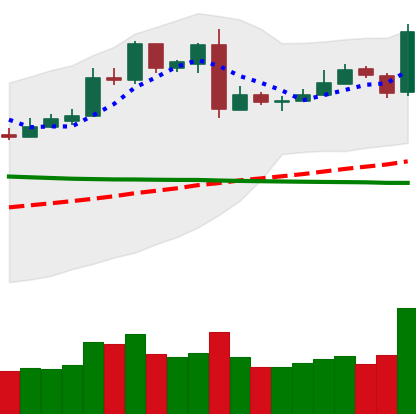
Ticker: LTC-USD
Chart end date: 2019-03-05
Forward return: 7.621%
Label: up_7plus